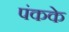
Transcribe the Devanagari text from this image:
पंकके